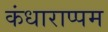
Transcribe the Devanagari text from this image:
कंधाराप्पम